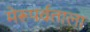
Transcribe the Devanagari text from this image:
मेरूपर्वताला